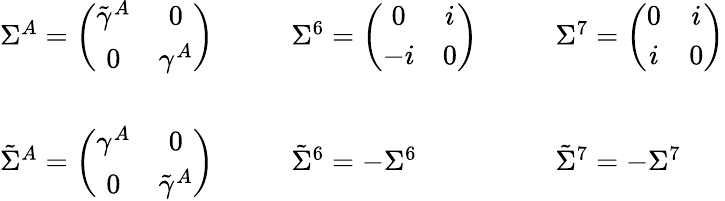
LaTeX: \begin{array}{cll}{{\Sigma^{A}=\left(\begin{array}{cc}{{\tilde{\gamma}^{A}}}&{{0}}\\ {{0}}&{{\gamma^{A}}}\end{array}\right)~~~~}}&{{~~~\Sigma^{6}=\left(\begin{array}{cc}{{0}}&{{i}}\\ {{-i}}&{{0}}\end{array}\right)~~~~}}&{{~~~\Sigma^{7}=\left(\begin{array}{cc}{{0}}&{{i}}\\ {{i}}&{{0}}\end{array}\right)}}\\ {{{}}}&{{{}}}&{{{}}}\\ {{\tilde{\Sigma}^{A}=\left(\begin{array}{cc}{{\gamma^{A}}}&{{0}}\\ {{0}}&{{\tilde{\gamma}^{A}}}\end{array}\right)~~~~}}&{{~~~\tilde{\Sigma}^{6}=-\Sigma^{6}~~~~}}&{{~~~\tilde{\Sigma}^{7}=-\Sigma^{7}}}\end{array}